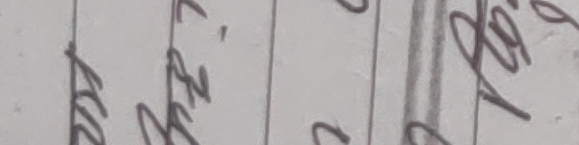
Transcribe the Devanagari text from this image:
४ १, ८ २७
२८ ३२ २ ३९